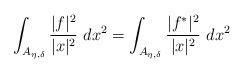
LaTeX: \begin{align*}\int_{A_{\eta,\delta}}\frac{|f|^2}{|x|^2}\ dx^2=\int_{A_{\eta,\delta}}\frac{|f^\ast|^2}{|x|^2}\ dx^2\end{align*}